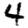
Digit: 4